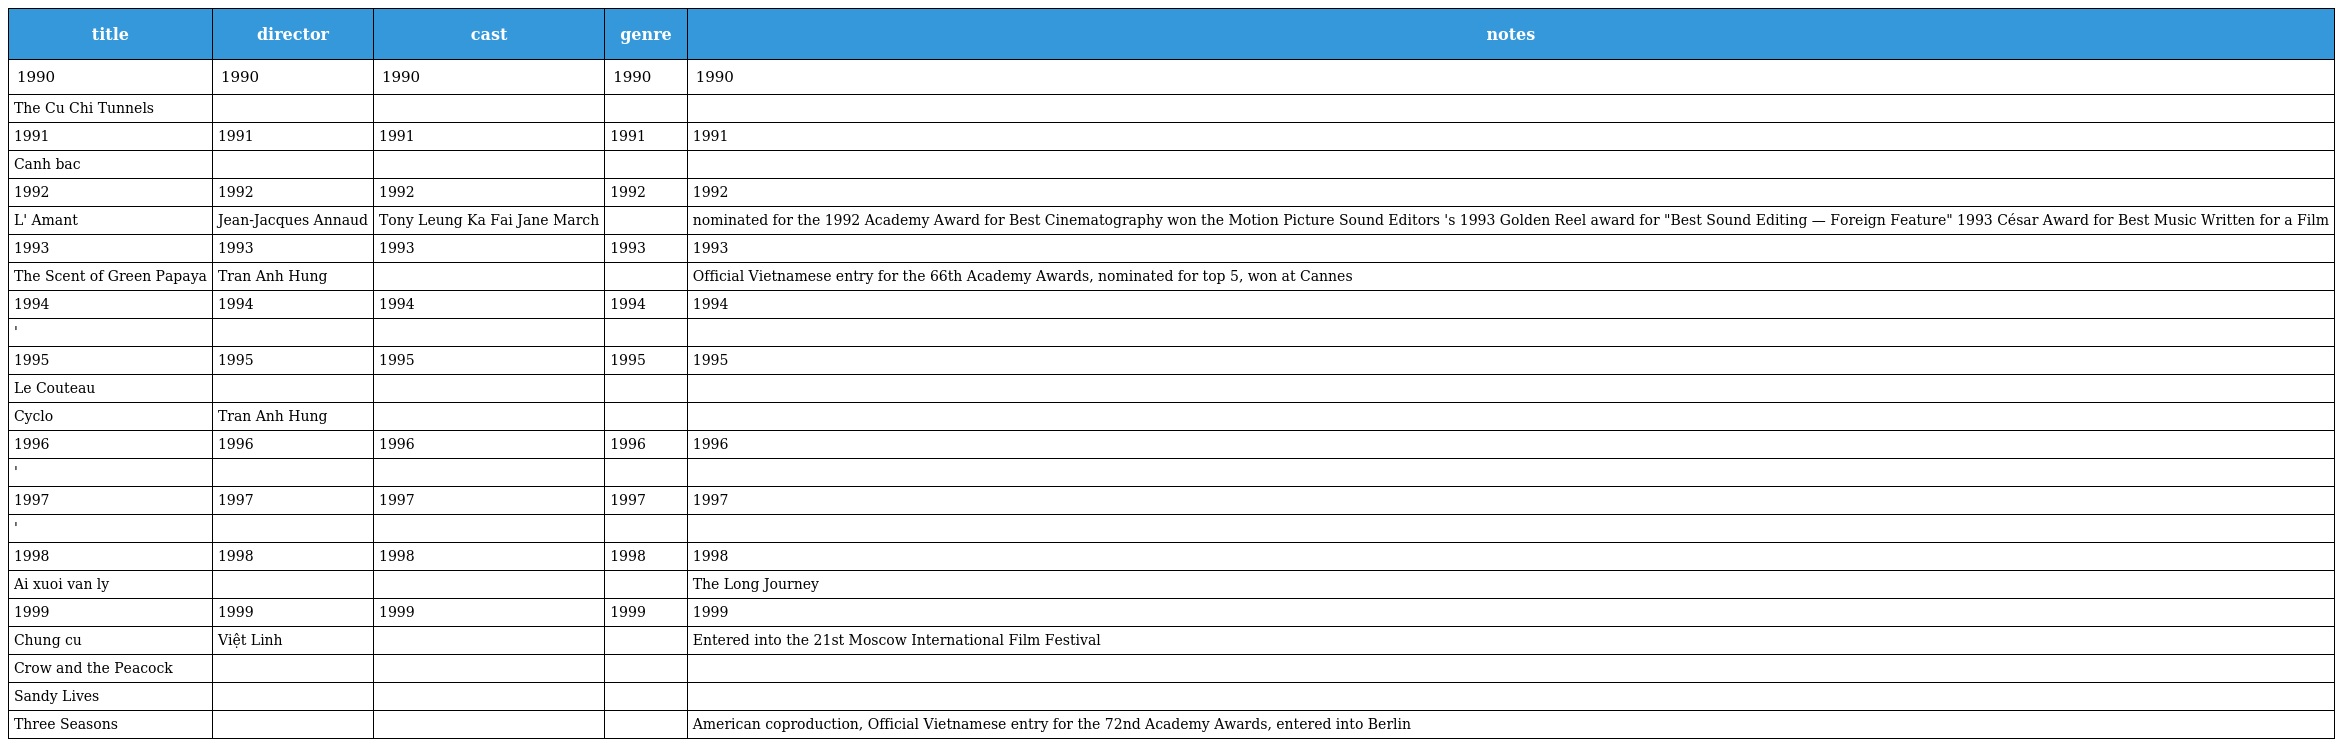
| title | director | cast | genre | notes |
 | --- | --- | --- | --- | --- |
 | 1990 | 1990 | 1990 | 1990 | 1990 |
 | The Cu Chi Tunnels |  |  |  |  |
 | 1991 | 1991 | 1991 | 1991 | 1991 |
 | Canh bac |  |  |  |  |
 | 1992 | 1992 | 1992 | 1992 | 1992 |
 | L' Amant | Jean-Jacques Annaud | Tony Leung Ka Fai Jane March |  | nominated for the 1992 Academy Award for Best Cinematography won the Motion Picture Sound Editors 's 1993 Golden Reel award for "Best Sound Editing — Foreign Feature" 1993 César Award for Best Music Written for a Film |
 | 1993 | 1993 | 1993 | 1993 | 1993 |
 | The Scent of Green Papaya | Tran Anh Hung |  |  | Official Vietnamese entry for the 66th Academy Awards, nominated for top 5, won at Cannes |
 | 1994 | 1994 | 1994 | 1994 | 1994 |
 | ' |  |  |  |  |
 | 1995 | 1995 | 1995 | 1995 | 1995 |
 | Le Couteau |  |  |  |  |
 | Cyclo | Tran Anh Hung |  |  |  |
 | 1996 | 1996 | 1996 | 1996 | 1996 |
 | ' |  |  |  |  |
 | 1997 | 1997 | 1997 | 1997 | 1997 |
 | ' |  |  |  |  |
 | 1998 | 1998 | 1998 | 1998 | 1998 |
 | Ai xuoi van ly |  |  |  | The Long Journey |
 | 1999 | 1999 | 1999 | 1999 | 1999 |
 | Chung cu | Việt Linh |  |  | Entered into the 21st Moscow International Film Festival |
 | Crow and the Peacock |  |  |  |  |
 | Sandy Lives |  |  |  |  |
 | Three Seasons |  |  |  | American coproduction, Official Vietnamese entry for the 72nd Academy Awards, entered into Berlin |